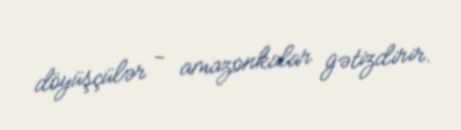
döyüşçülər - amazonkalar gətizdirir.